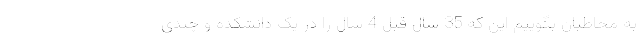
به مخاطبان بگوییم این که 35 سال قبل 4 سال را در یک دانشکده و چندی